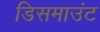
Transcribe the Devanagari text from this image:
डिसमाउंट